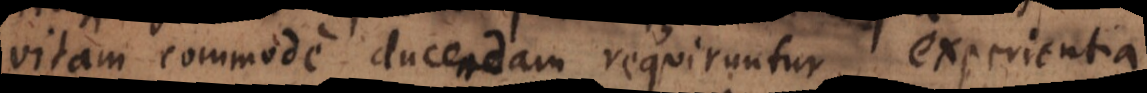
vitam commode ducendam requiruntur, experientia